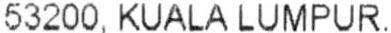
53200, KUALA LUMPUR